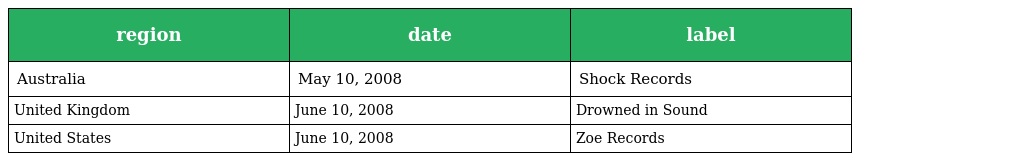
| region | date | label |
 | --- | --- | --- |
 | Australia | May 10, 2008 | Shock Records |
 | United Kingdom | June 10, 2008 | Drowned in Sound |
 | United States | June 10, 2008 | Zoe Records |